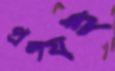
প্রলয়ই